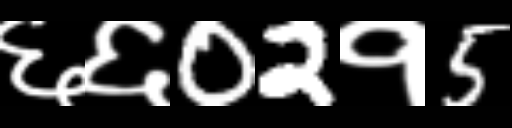
Text: ६६02१5